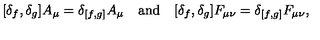
[ \delta _ { f } , \delta _ { g } ] A _ { \mu } = \delta _ { [ f , g ] } A _ { \mu } \quad \mathrm { a n d } \quad [ \delta _ { f } , \delta _ { g } ] F _ { \mu \nu } = \delta _ { [ f , g ] } F _ { \mu \nu } ,